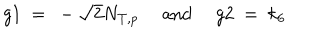
LaTeX: g 1 ~ = ~ - \sqrt { 2 } N _ { T , p } \ \mathrm { a n d } \ g 2 ~ = ~ k _ { 6 }